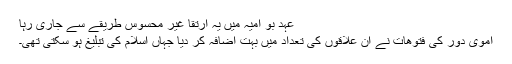
عہد بو امیہ میں یہ ارتقا غیر محسوس طریقے سے جاری رہا
اموی دور کی فتوھات نے ان علاقوں کی تعداد میں بہت اضافہ کر دیا جہاں اسلام کی تبلیغ ہو سکتی تھی۔